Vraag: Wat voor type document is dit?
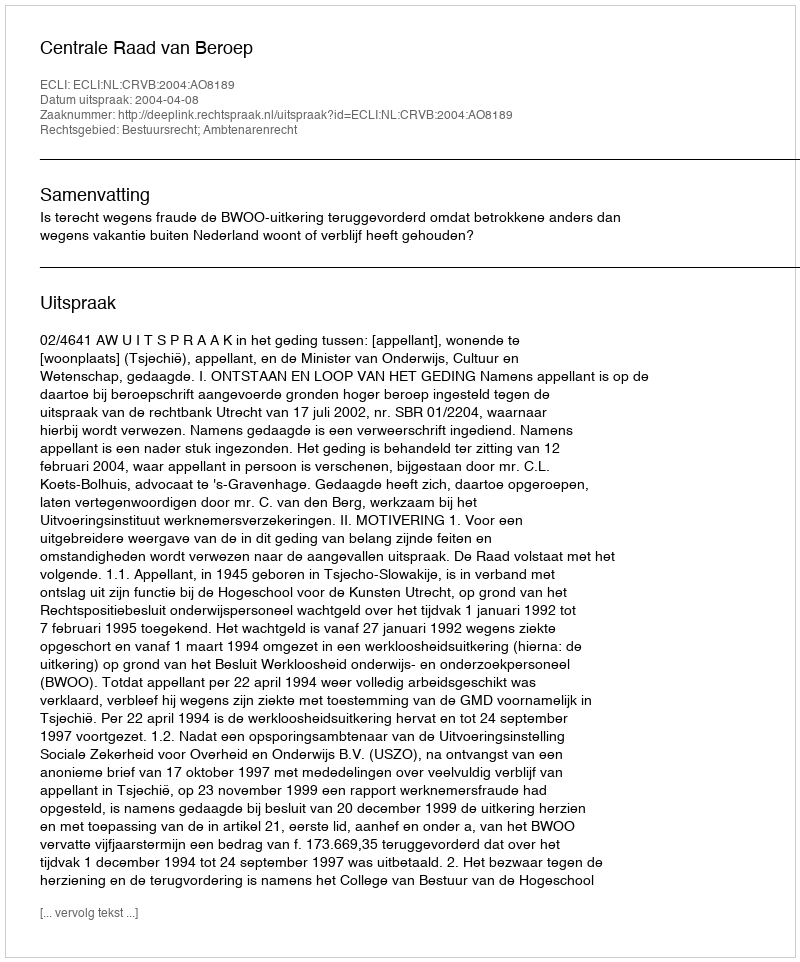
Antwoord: Uitspraak